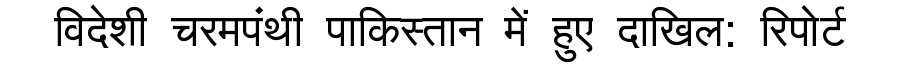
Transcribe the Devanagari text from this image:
विदेशी चरमपंथी पाकिस्तान में हुए दाखिल: रिपोर्ट